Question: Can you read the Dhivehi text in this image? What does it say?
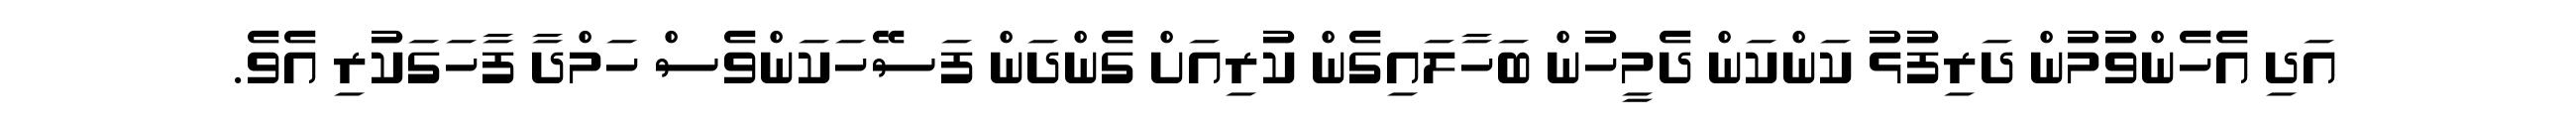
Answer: އަދި އެހެންވުމުން ދަރިފުޅު ކަންކަން ދެމީހުން ބަހާލައިގެން ކުރިއަށް ގެންދަން ފަސޭހަކަންވެސް ހަމްދާ ފާހަގަކުރި އެވެ.